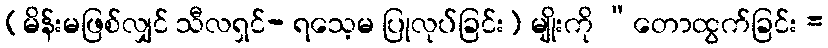
(မိန်းမဖြစ်လျှင် သီလရှင်- ရသေ့မ ပြုလုပ်ခြင်း) မျိုးကို “တောထွက်ခြင်း =